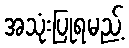
အသုံးပြုရမည့်